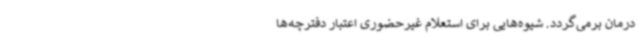
درمان برمی‌گردد. شیوه‌هایی برای استعلام غیرحضوری اعتبار دفترچه‌ها